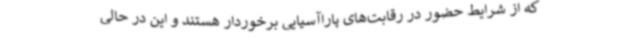
که از شرایط حضور در رقابت‌های پاراآسیایی برخوردار هستند و این در حالی